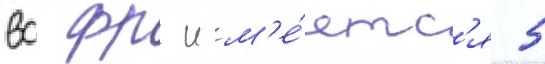
вс фрг им'е́етс'я 5